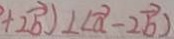
+ 2 \overrightarrow { b } ) \bot ( \overrightarrow { a } - 2 \overrightarrow { b } )